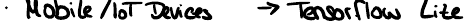
Mobile / IoT Devices -> Tensorflow Lite